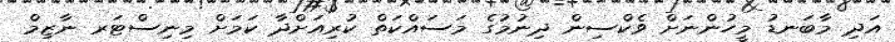
އަދި މާބަނޑު މީހުންނަށް ވެކްސިން ދިނުމުގެ މަަސައްކަތް ކުރިއަށްދާ ކަމަށް މިނިސްޓަރ ނާޒިމް